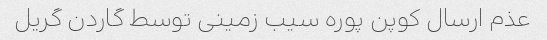
عذم ارسال کوپن پوره سیب زمینی توسط گاردن گریل